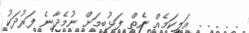
. . . . . އަލިކަމެއް ނެތް ފަޅުބިމަށް ނުމެދާނެ ފަރުދަކު